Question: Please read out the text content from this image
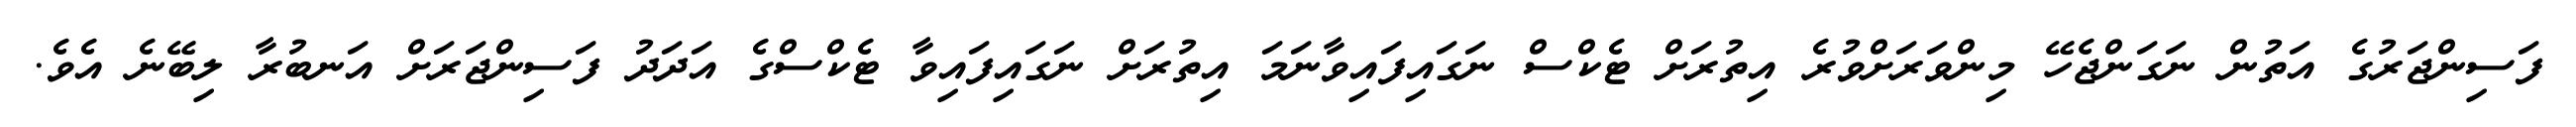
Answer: ފަސިންޖަރުގެ އަތުން ނަގަންޖެހޭ މިންވަރަށްވުރެ އިތުރަށް ޓެކްސް ނަގައިފައިވާނަމަ އިތުރަށް ނަގައިފައިވާ ޓެކްސްގެ އަދަދު ފަސިންޖަރަށް އަނބުރާ ލިބޭނެ އެވެ.